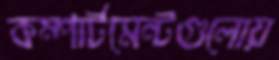
কম্পার্টমেন্টগুলোয়